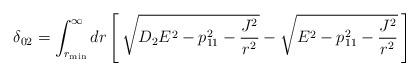
LaTeX: \begin{align*}\delta_{02}=\int^\infty_{r_{\rm min}} dr\left[\,\sqrt{D_2 E^2-p_{11}^2-{J^2\over r^2}}-\sqrt{E^2-p_{11}^2-{J^2\over r^2}}\,\right]\end{align*}